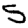
Digit: 5